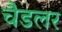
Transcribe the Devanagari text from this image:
चैडलर